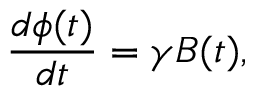
\frac { d \phi ( t ) } { d t } = \gamma B ( t ) ,